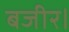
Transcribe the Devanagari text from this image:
बजीर।